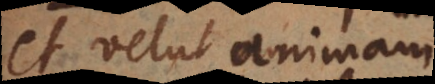
et velut animam